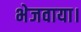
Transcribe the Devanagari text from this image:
भेजवाया।